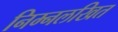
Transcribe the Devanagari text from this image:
निम्नलखित